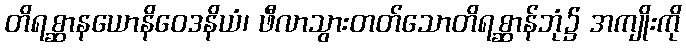
တိရစ္ဆာနယောနိဝေဒနိယံ၊ ဖီလာသွားတတ်သောတိရစ္ဆာန်ဘုံ၌ အကျိုးကို